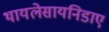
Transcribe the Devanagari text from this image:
थायलेसायनिडाए